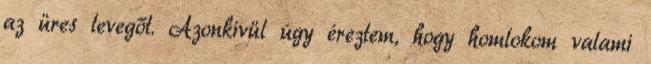
az üres levegőt. Azonkívül úgy éreztem, hogy homlokom valami